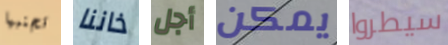
تجنبها خاننا أجل يمكن سيطروا